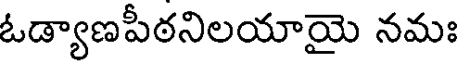
ఓడ్యాణపీఠనిలయాయై నమః